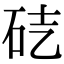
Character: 𥑄